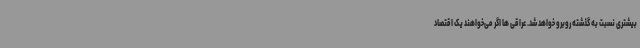
بیشتری نسبت به گذشته روبرو خواهد شد. عراقی ها اگر می‌خواهند یک اقتصاد